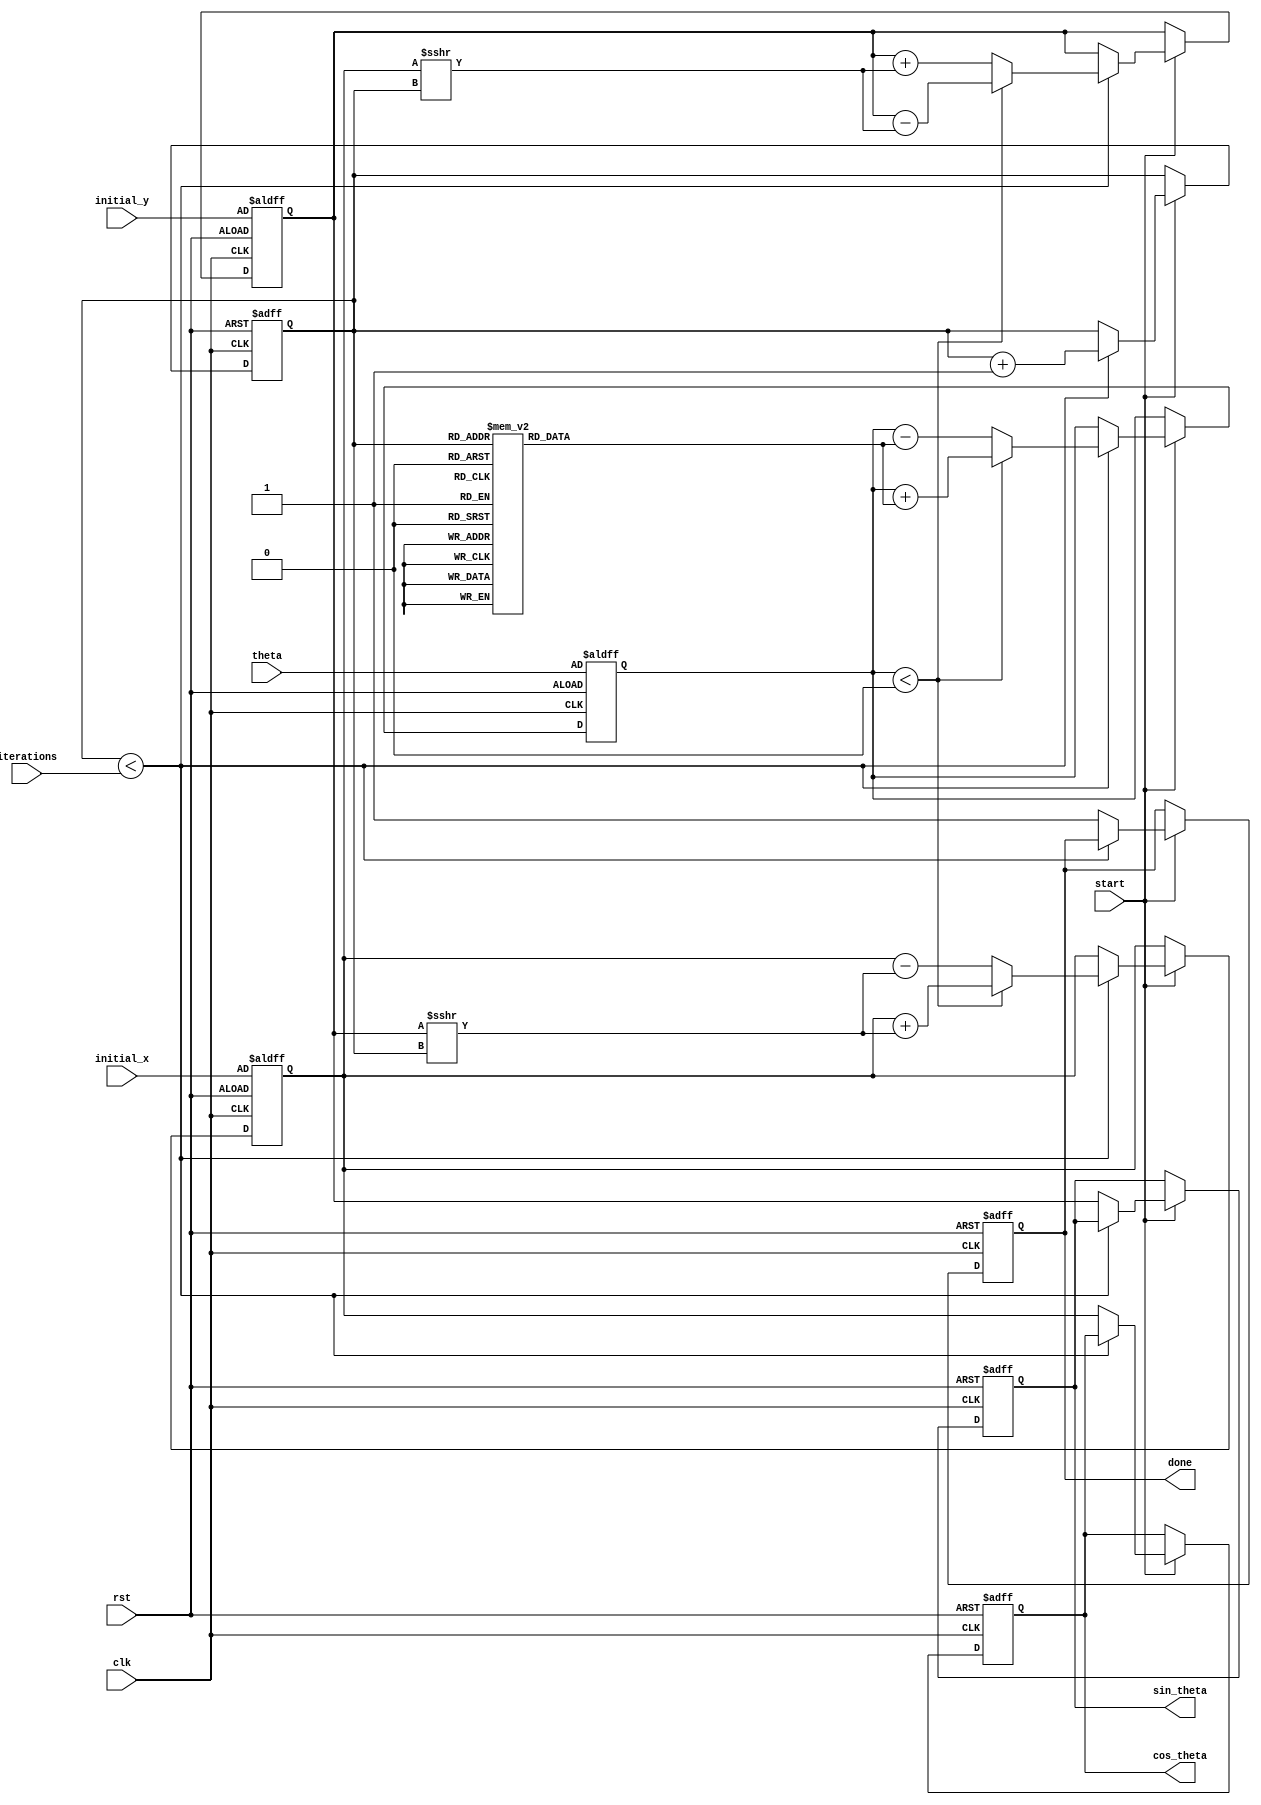
module cordic (
    input wire clk,
    input wire rst,
    input wire start,
    input wire [31:0] theta,          // Input angle in radians (fixed-point)
    input wire [31:0] initial_x,      // Initial x-coordinate (fixed-point)
    input wire [31:0] initial_y,      // Initial y-coordinate (fixed-point)
    input wire [4:0] iterations,       // Number of iterations
    output reg [31:0] cos_theta,      // Output cosine value
    output reg [31:0] sin_theta,      // Output sine value
    output reg done                    // Done signal
);

    // CORDIC constants (arctangent values for each iteration)
    reg [31:0] atan_lut [0:31]; // Lookup table for arctangent values
    initial begin
        // Fill the LUT with arctangent values (fixed-point representation)
        atan_lut[0] = 32'h00000000; // atan(2^0) = 0
        atan_lut[1] = 32'h3F19999A; // atan(2^-1) = pi/4
        atan_lut[2] = 32'h3E4CCCCD; // atan(2^-2) = pi/8
        atan_lut[3] = 32'h3D8D3D8E; // atan(2^-3) = pi/16
        // Continue filling the LUT for more iterations...
        // ...
    end

    reg [31:0] x, y, z; // Current x, y, and angle
    reg [4:0] iter;     // Iteration counter
    reg [31:0] x_temp, y_temp; // Temporary variables for computation

    // Control logic
    always @(posedge clk or posedge rst) begin
        if (rst) begin
            cos_theta <= 32'h00000000;
            sin_theta <= 32'h00000000;
            done <= 1'b0;
            iter <= 5'b0;
            x <= initial_x;
            y <= initial_y;
            z <= theta;
        end else if (start) begin
            if (iter < iterations) begin
                // CORDIC rotation
                if (z < 0) begin
                    // Rotate clockwise
                    x_temp = x + (y >>> iter);
                    y_temp = y - (x >>> iter);
                    z = z + atan_lut[iter];
                end else begin
                    // Rotate counter-clockwise
                    x_temp = x - (y >>> iter);
                    y_temp = y + (x >>> iter);
                    z = z - atan_lut[iter];
                end
                x <= x_temp;
                y <= y_temp;
                iter <= iter + 1;
            end else begin
                // Finished iterations
                cos_theta <= x; // Final x is cos(theta)
                sin_theta <= y; // Final y is sin(theta)
                done <= 1'b1;    // Set done flag
            end
        end
    end

endmodule